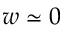
w \simeq 0